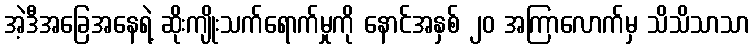
အဲ့ဒီအခြေအနေရဲ့ ဆိုးကျိုးသက်ရောက်မှုကို နောင်အနှစ် ၂၀ အကြာလောက်မှ သိသိသာသာ